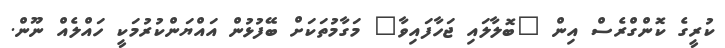
ކުރީގެ ކޮންގްރެސް އިން "ބޮލާލައި ޖަހާފައިވާ" މަގާމުތަކަށް ބޭފުޅުން އައްޔަންކުރުމަކީ ހައްލެއް ނޫން.